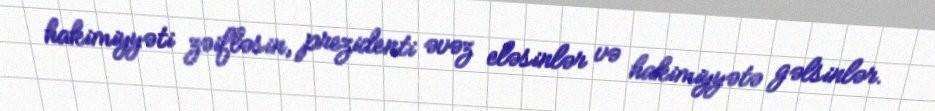
hakimiyyəti zəifləsin, prezidenti əvəz eləsinlər və hakimiyyətə gəlsinlər.